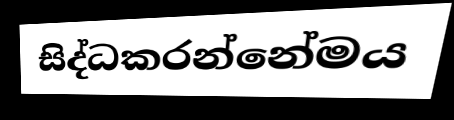
සිද්ධකරන්නේමය